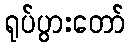
ရုပ်ပွားတော်